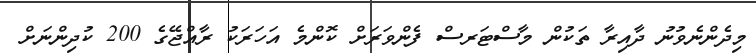
މިދެންނެވުނު ދާއިރާ ތަކުން މާސްޓަރސް ފެންވަރަށް ކޮންމެ އަހަރަކު ރާއްޖޭގެ 200 ކުދިންނަށް